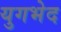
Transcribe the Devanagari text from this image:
युगभेद